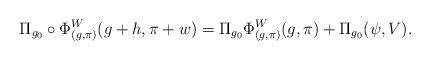
LaTeX: \begin{align*}\Pi_{g_0} \circ \Phi^W_{(g, \pi)} (g+h , \pi + w) = \Pi_{g_0} \Phi^W_{(g, \pi)} (g, \pi )+ \Pi_{g_0}(\psi, V).\end{align*}